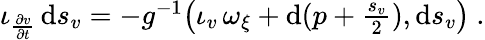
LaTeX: \begin{array}{r}{\iota_{\frac{\partial v}{\partial t}}\, \mathrm{d}s_{v}=-g^{-1}\big(\iota_{v}\, \omega_{\xi}+\mathrm{d}(p+\frac{s_{v}}2),\mathrm{d}s_{v}\big)\ .}\end{array}